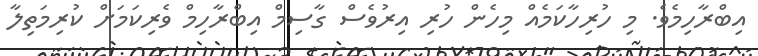
އިބްރާހިމެވެ. މި ހުރިހާކަމެއް މިހެން ހުރި އިރުވެސް ގާސިމް އިބްރާހިމް ވެރިކަމަށް ކުރިމަތިލާ